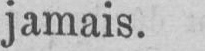
jamais.